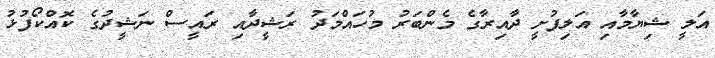
އަލީ ޝިޔާމާއި އަލިފުށީ ދާއިރާގެ މެންބަރު މުހައްމަދު ރަޝީދާއި ރައީސް ނަޝީދުގެ ކޮއްކޯފުޅު